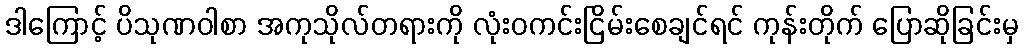
ဒါကြောင့် ပိသုဏဝါစာ အကုသိုလ်တရားကို လုံးဝကင်းငြိမ်းစေချင်ရင် ကုန်းတိုက် ပြောဆိုခြင်းမှ